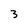
Character: 3